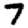
Digit: 7